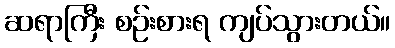
ဆရာကြီး စဉ်းစားရ ကျပ်သွားတယ်။